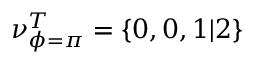
\nu _ { \phi = \pi } ^ { T } = \{ 0 , 0 , 1 | 2 \}